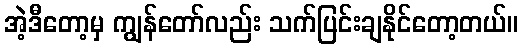
အဲ့ဒီတော့မှ ကျွန်တော်လည်း သက်ပြင်းချနိုင်တော့တယ်။